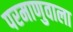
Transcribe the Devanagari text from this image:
परमाणुवाला